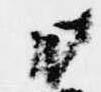
日